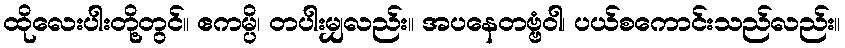
ထိုလေးပါးတို့တွင်။ ဧကမ္ပိ၊ တပါးမျှလည်း။ အပနေတဗ္ဗံဝါ၊ ပယ်စကောင်းသည်လည်း။